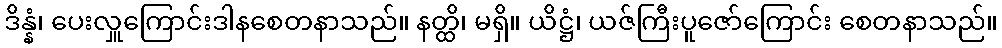
ဒိန္နံ၊ ပေးလှူကြောင်းဒါနစေတနာသည်။ နတ္ထိ၊ မရှိ။ ယိဋ္ဌံ၊ ယဇ်ကြီးပူဇော်ကြောင်း စေတနာသည်။